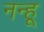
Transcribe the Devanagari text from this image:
नन्हू